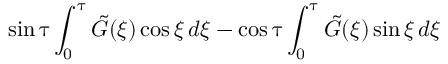
\sin { \uptau } \int _ { 0 } ^ { \uptau } \Tilde { G } ( \xi ) \cos { \xi } \, d \xi - \cos { \uptau } \int _ { 0 } ^ { \uptau } \Tilde { G } ( \xi ) \sin { \xi } \, d \xi